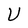
Character: U